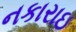
નકારાઇ